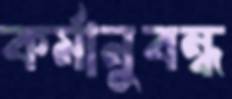
কর্মানুবন্ধ